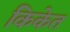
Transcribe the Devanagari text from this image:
किकेत